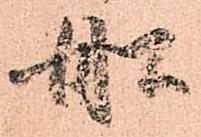
船